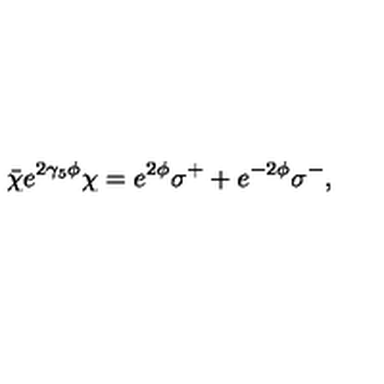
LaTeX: \bar { \chi } e ^ { 2 \gamma _ { 5 } \phi } \chi = e ^ { 2 \phi } \sigma ^ { + } + e ^ { - 2 \phi } \sigma ^ { - } ,